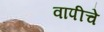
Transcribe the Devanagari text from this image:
वापीचे